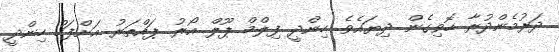
ދަރުމެންދުރާ ހޮވިގެން ދިޔައެވެ. ހިންދީ ފިލްމް ޕޫލް އޯރު ޕައްތަރު އަށްފަހު ހިންދީ